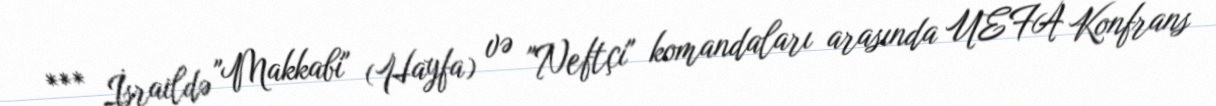
*** İsraildə "Makkabi" (Hayfa) və "Neftçi" komandaları arasında UEFA Konfrans